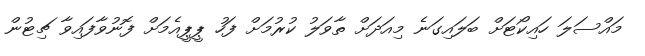
މައްސަލަ ހައިކޯޓަށް ބަލައިގަނެ މިއަދަށް ތާވަލު ކުރުމަށް ފަހު ޕީޕީއެމަށް ފޮނުވާފައިވާ ޗިޓުން